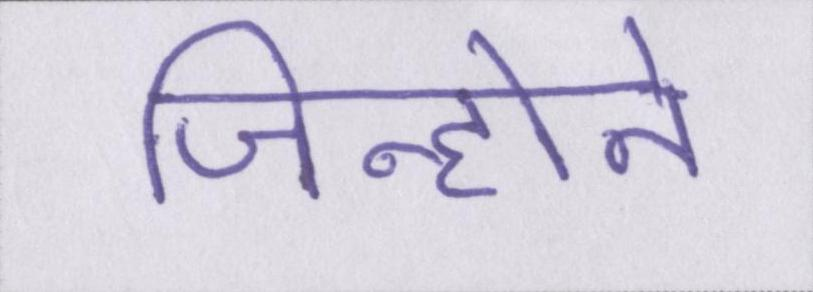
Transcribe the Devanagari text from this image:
जिन्होने